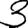
Digit: 3